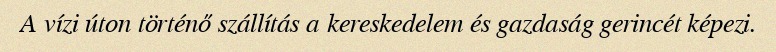
A vízi úton történő szállítás a kereskedelem és gazdaság gerincét képezi.